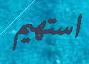
استھيم